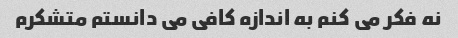
نه فکر می کنم به اندازه کافی می دانستم متشکرم